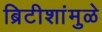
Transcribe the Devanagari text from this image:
ब्रिटीशांमुळे